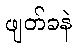
ဖျတ်ခနဲ